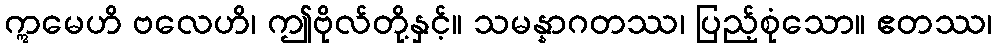
ဣမေဟိ ဗလေဟိ၊ ဤဗိုလ်တို့နှင့်။ သမန္နာဂတဿ၊ ပြည့်စုံသော။ ဧတဿ၊